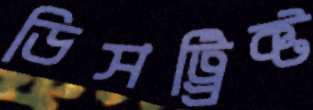
ডিসট্র্রিক্ট